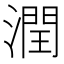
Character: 潤